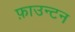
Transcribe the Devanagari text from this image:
फ़ाउन्टन